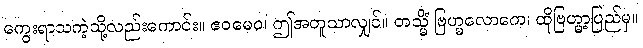
ကွေးရာသကဲ့သို့လည်းကောင်း။ ဧဝမေဝ၊ ဤအတူသာလျှင်။ တသ္မိံ ဗြဟ္မလောကေ၊ ထိုဗြဟ္မာ့ပြည်မှ။